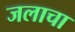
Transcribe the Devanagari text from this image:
जलाचा